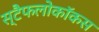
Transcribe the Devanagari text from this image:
स्टैफलोकॉकस